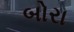
બોરા